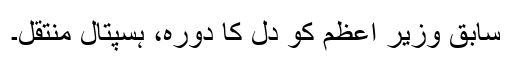
سابق وزیر اعظم کو دل کا دورہ، ہسپتال منتقل۔